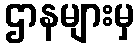
ဌာနများမှ